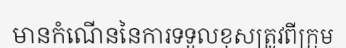
មានកំណើននៃការទទួលខុសត្រូវពីក្រុម